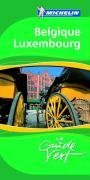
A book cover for Belgique Luxembourg (Guides Verts) (French Edition); Travel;